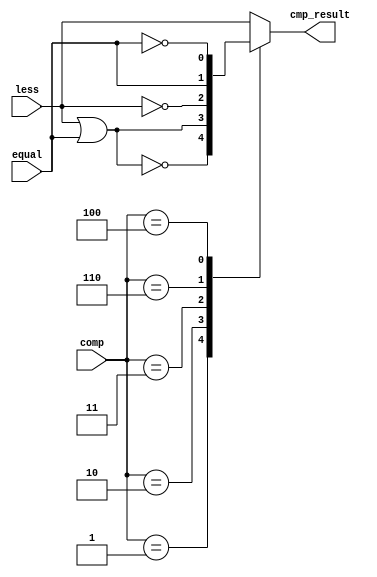
`timescale 1ns / 1ps
//////////////////////////////////////////////////////////////////////////////////
// Student #1:
//     ID: 0416024
//     name: 
// Student #2:
//     ID: 0516310
//     name: f
//
// Design Name:
// Module Name:    alu_bottom
// Project Name:
// Target Devices:
// Tool versions:
// Description:
//
// Dependencies:
//
// Revision:
// Revision 0.01 - File Created
// Additional Comments:
//
//////////////////////////////////////////////////////////////////////////////////
module compare(
               less,       //1 bit less     (input)
               equal,      //1 bit equal    (input)
               comp,       //comparison     (input)
               cmp_result, //1 bit compare result(output)
               );

input       less;
input       equal;
input [2:0] comp;
output      cmp_result;

reg cmp_result;

always @ ( * ) begin
  case (comp)
    3'b000: // less than
      cmp_result = less;
    3'b001: // greater than
      cmp_result = ~(less | equal);
    3'b010: // less than or equal
      cmp_result = less | equal;
    3'b011: // greater than or equal
      cmp_result = ~less;
    3'b110: // equal
      cmp_result = equal;
    3'b100: // not equal
      cmp_result = ~equal;
    default: cmp_result = less; // assume less than
  endcase
end

endmodule